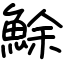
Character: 鮽